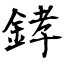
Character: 﨧